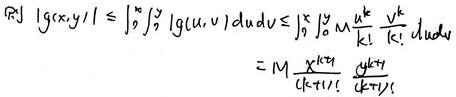
\[
\begin{align*}
|\mathcal{R}| \ |g(x,y)| &\leq \int_{0}^{x} \int_{0}^{y} |g(u,v)| \, du \, dv \leq \int_{0}^{x} \int_{0}^{y} M \sum_{k=0}^{\infty} \frac{u^{k}}{k!} \frac{v^{k}}{k!} \, du \, dv \\
&= M \frac{x^{k + 1}}{(k+1)!} \frac{y^{k + 1}}{(k+1)!}
\end{align*}
\]